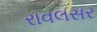
રાવલસર